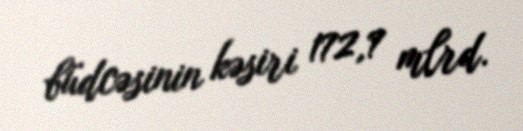
büdcəsinin kəsiri 172,7 mlrd.